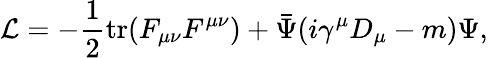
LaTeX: {\cal L}=-\frac{1}{2}\mathrm{tr}(F_{\mu\nu}F^{\mu\nu})+\bar{\Psi}(i\gamma^{\mu}D_{\mu}-m)\Psi,